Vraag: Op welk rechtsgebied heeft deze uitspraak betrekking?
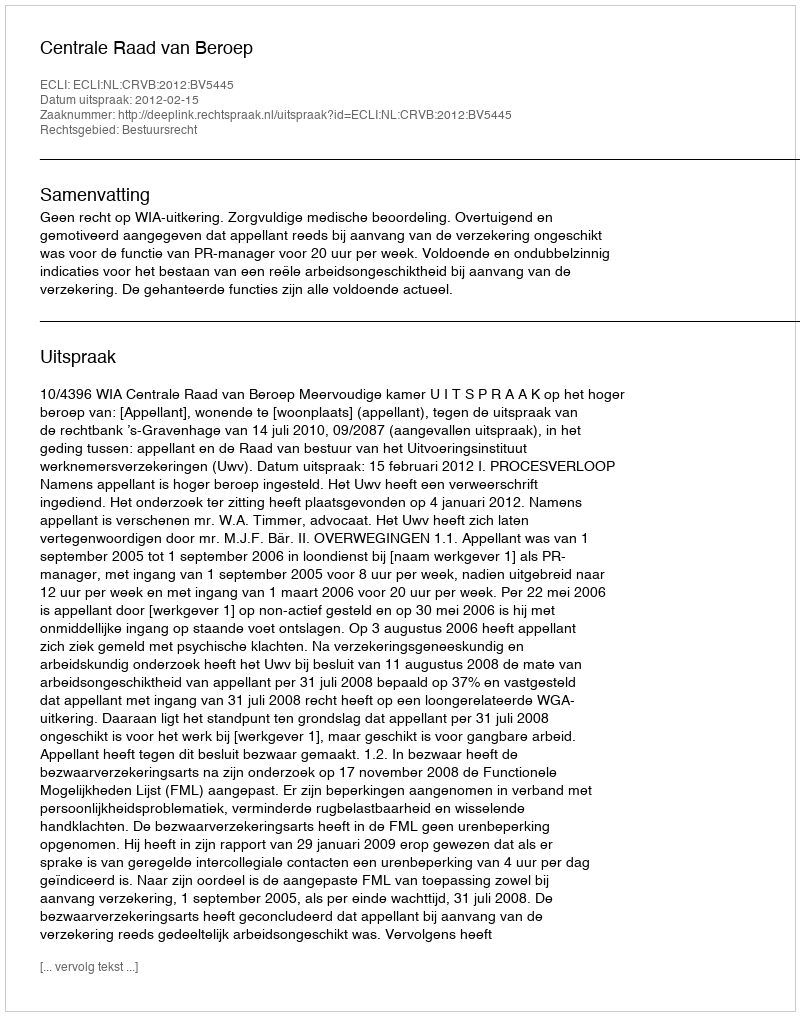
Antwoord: Bestuursrecht